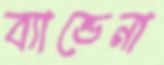
ব্যান্ডেনা